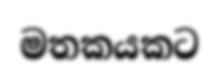
මතකයකට